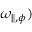
\omega _ { \parallel , \phi } )